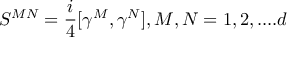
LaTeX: S ^ { M N } = { \frac { i } { 4 } } [ \gamma ^ { M } , \gamma ^ { N } ] , M , N = 1 , 2 , . . . . d